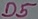
Text: D5